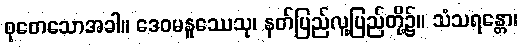
စုတေသောအခါ။ ဒေဝမနူဿေသု၊ နတ်ပြည်လူ့ပြည်တို့၌။ သံသရန္တော၊